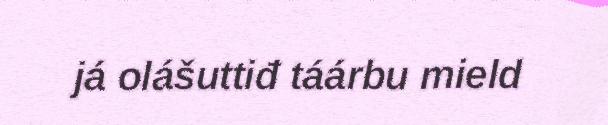
já olášuttiđ táárbu mield